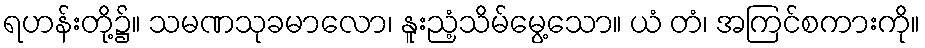
ရဟန်းတို့၌။ သမဏသုခမာလော၊ နူးညံ့သိမ်မွေ့သော။ ယံ တံ၊ အကြင်စကားကို။